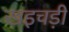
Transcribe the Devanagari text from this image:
खइचड़ी